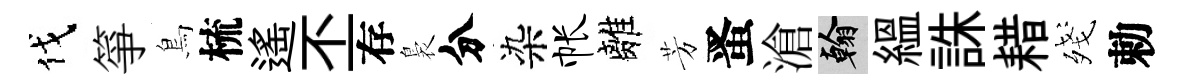
伐箏鳥梳遙丕存裊分染帐離芳󱉠滄翰緼誅耤殘勅